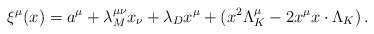
LaTeX: \begin{align*}\xi^\mu(x)=a^\mu +\lambda_M^{\mu\nu}x_\nu+\lambda_D x^\mu+(x^2\Lambda_K^\mu-2x^\mu x\cdot \Lambda_K) \,. \end{align*}